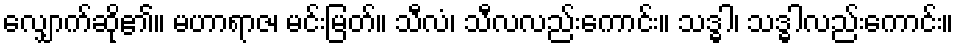
လျှောက်ဆို၏။ မဟာရာဇ၊ မင်းမြတ်။ သီလံ၊ သီလလည်းကောင်း။ သဒ္ဓါ၊ သဒ္ဓါလည်းကောင်း။